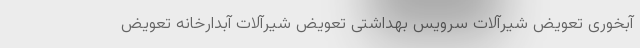
آبخوری تعویض شیرآلات سرویس بهداشتی تعویض شیرآلات آبدارخانه تعویض